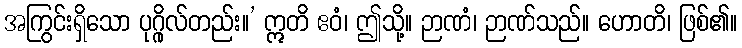
အကြွင်းရှိသော ပုဂ္ဂိုလ်တည်း။’ ဣတိ ဧဝံ၊ ဤသို့။ ဉာဏံ၊ ဉာဏ်သည်။ ဟောတိ၊ ဖြစ်၏။